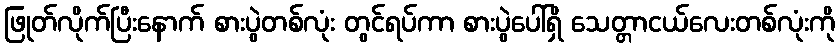
ဖြုတ်လိုက်ပြီးနောက် စားပွဲတစ်လုံး တွင်ရပ်ကာ စားပွဲပေါ်ရှိ သေတ္တာငယ်လေးတစ်လုံးကို